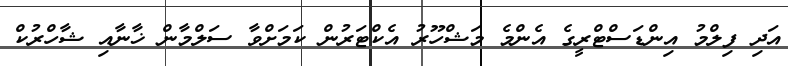
އަދި ފިލްމު އިންޑަސްޓްރީގެ އެންމެ މަޝްހޫރު އެކްޓަރުން ކަމަށްވާ ސަލްމާން ޚާނާއި ޝާހްރުކް